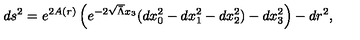
d s ^ { 2 } = e ^ { 2 A ( r ) } \left( e ^ { - 2 \sqrt { \bar { \Lambda } } x _ { 3 } } ( d x _ { 0 } ^ { 2 } - d x _ { 1 } ^ { 2 } - d x _ { 2 } ^ { 2 } ) - d x _ { 3 } ^ { 2 } \right) - d r ^ { 2 } ,